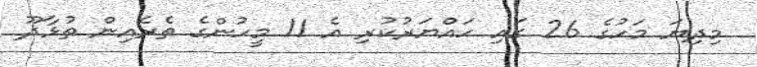
މިދިޔަ މަހުގެ 26 ގައި ހައްޔަރުކުރި އެ 11 މީހުންގެ ތެރެއިން ތުޅާދޫ